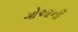
ગોઆની